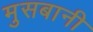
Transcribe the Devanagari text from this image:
मुसबानी